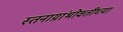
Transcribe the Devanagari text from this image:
स्तनाग्रांभोवतीच्या